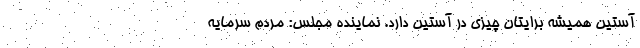
آستین همیشه برایتان چیزی در آستین دارد. نماینده مجلس: مردم سرمایه